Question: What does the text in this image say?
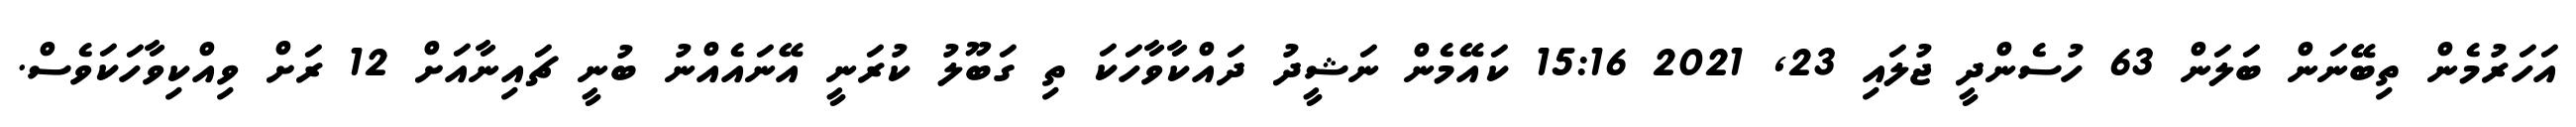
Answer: އަހަރުމެން ތިބޭނަން ބަލަން 63 ހުސެންދީ ޖުލައި 23, 2021 15:16 ކައޭމެން ނަޝީދު ދައްކާވާހަކަ ތި ގަބޫލު ކުރަނީ އޭނައެއްނު ބުނީ ޗައިނާއަށް 12 ރަށް ވިއްކިވާހަކަވެސް.